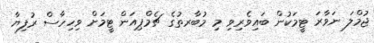
ޖުމްލަ ނަވާރަ ޓީމަކުން ބައިވެރިވި މި މުބާރތުގެ ޗެމްޕިއަން ޓީމަށް ވިހިހާސް ރުފިޔާ